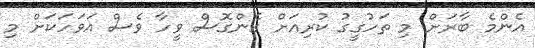
އެންމެ ބާރަށް މި ތަހުގީގު ކުރިއަށް ގެންގޮސް ވީހާ ވެސް އަވަހަކަށް މި